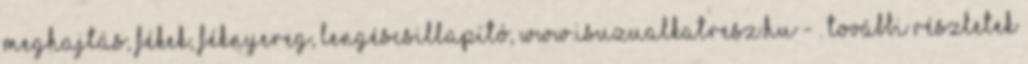
meghajtás, fékek, féknyereg, lengéscsillapító, WWW.ISUZUALKATRESZ.HU - . további részletek